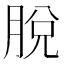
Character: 脫